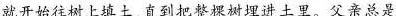
就开始往树上填土，直到把整棵树埋进土里。父亲总是